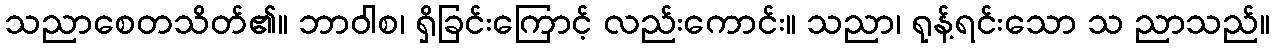
သညာစေတသိတ်၏။ ဘာဝါစ၊ ရှိခြင်းကြောင့် လည်းကောင်း။ သညာ၊ ရုန့်ရင်းသော သ ညာသည်။